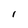
Character: I